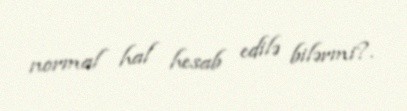
normal hal hesab edilə bilərmi?.